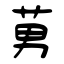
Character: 莮